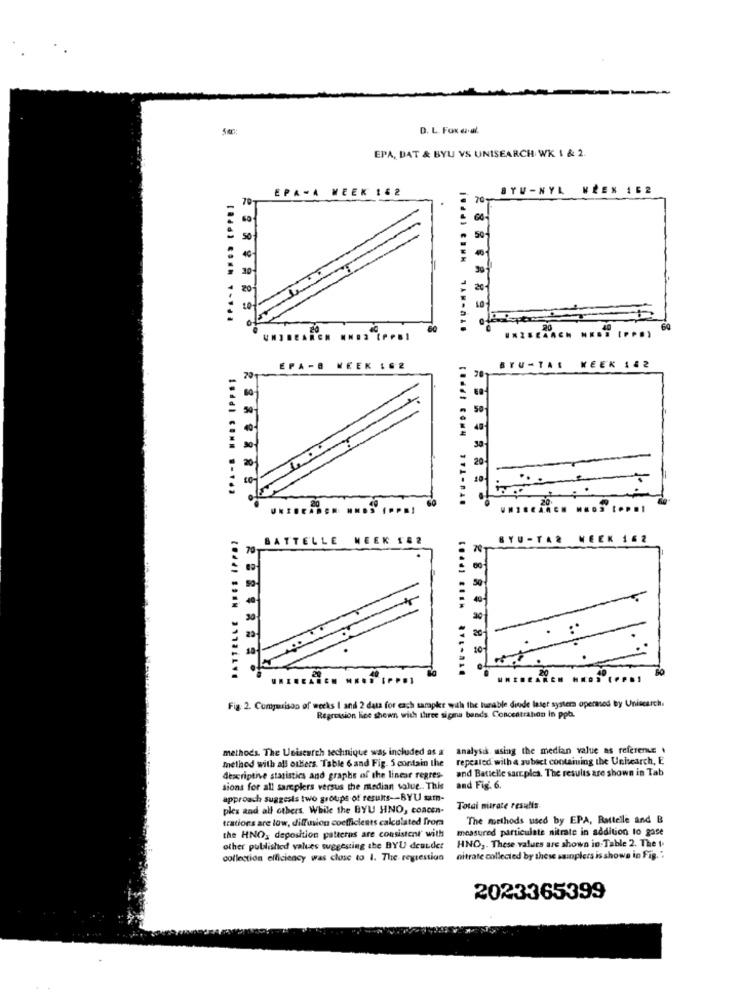
D. L. Fox azval.
EPA, DAT & BYU VS UNISEARCH WK 1 & 2.
EPA-A WEEK 162
STU-NYL NĚEX 162
70
20
EPA -A WEEK IG2
BYU-TAS KEEK 182
BATTELLE WEEK 182
BYU-TAR WEEK 162
70
......... .........
..... .... .......
Fig. 2. Comparison of weeks 1 and 2 data for each tarpkr wuh the tunable diode laser systems opermed by Unisearch.
Regression line shewn with three sigma bands. Concentrahan in ppb.
methods. The Unisearch technique was included as a analysis. using the median value as referente .
method with all others. Table 6 and Fig. 5 contain the repealed with a sublet containing the Unisearch, E
and Batielle sarr.ples. The results are shown in Tab
descriptive statistics and graphs of the linear regres-
sions for all samplers versus the median value .. This
and Fig. 6.
approach suggests two groups of results -- BYU satn-
ples aad all others. While the BYU HNO, concen-
Total murate results
trations are low, diffusion coefficients calculated from
The methods used by EPA, Rattelle and B
the HNO, deposition patterns are consistent' with
measured particulate nitrate in addition to gase
other published values suggesting the BYU deaudet
HNO ,. These values are shown in.Table 2. The 1.
collection efficiency was close to I. The regression
nitrate collected by these sanplers is shown in Fig. "
2023365399